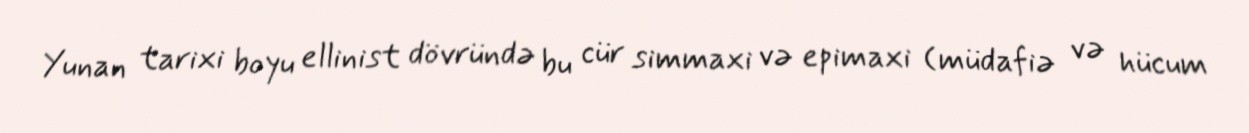
Yunan tarixi boyu ellinist dövründə bu cür simmaxi və epimaxi (müdafiə və hücum